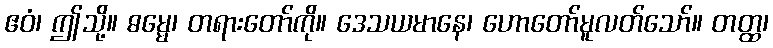
ဧဝံ၊ ဤသို့။ ဓမ္မေ၊ တရားတော်ကို။ ဒေသယမာနေ၊ ဟောတော်မူလတ်သော်။ တတ္ထ၊